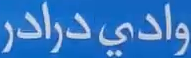
وادي-درادر